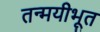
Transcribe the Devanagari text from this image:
तन्मयीभूत